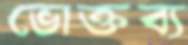
ভোক্তব্য